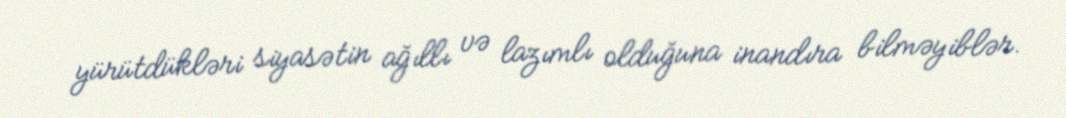
yürütdükləri siyasətin ağıllı və lazımlı olduğuna inandıra bilməyiblər.